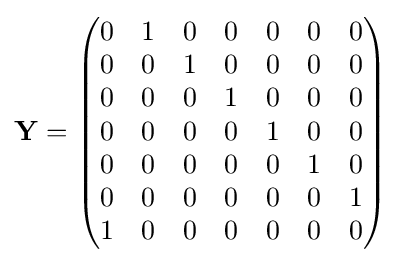
{\mathbf {Y} }=\left({\begin{matrix}0&1&0&0&0&0&0\\0&0&1&0&0&0&0\\0&0&0&1&0&0&0\\0&0&0&0&1&0&0\\0&0&0&0&0&1&0\\0&0&0&0&0&0&1\\1&0&0&0&0&0&0\end{matrix}}\right)